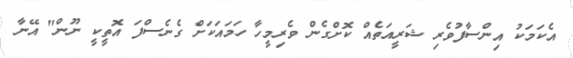
އެކަމަކު އިންސާފުވެރި ޝަރީއަތެއް ކޮށްގެން ވެރިމީހާ ހަމައަކަށް ގެނެސްފަ އޮތީކީ ނޫން" އޭނާ